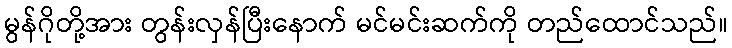
မွန်ဂိုတို့အား တွန်းလှန်ပြီးနောက် မင်မင်းဆက်ကို တည်ထောင်သည်။